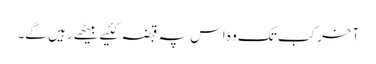
آخر کب تک وہ اس پہ قبضہ کئیے بیٹھے رہیں گے۔